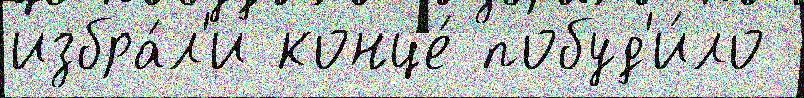
избра́л'и конце́ побуд'и́ло